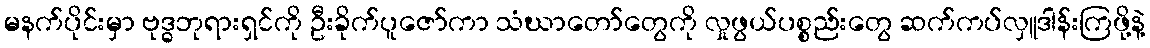
မနက်ပိုင်းမှာ ဗုဒ္ဓဘုရားရှင်ကို ဦးခိုက်ပူဇော်ကာ သံဃာတော်တွေကို လှုဖွယ်ပစ္စည်းတွေ ဆက်ကပ်လှူဒါန်းကြဖို့နဲ့